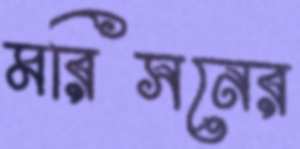
মরিসনের